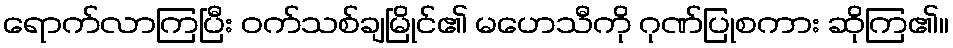
ရောက်လာကြပြီး ဝက်သစ်ချမြိုင်၏ မဟေသီကို ဂုဏ်ပြုစကား ဆိုကြ၏။